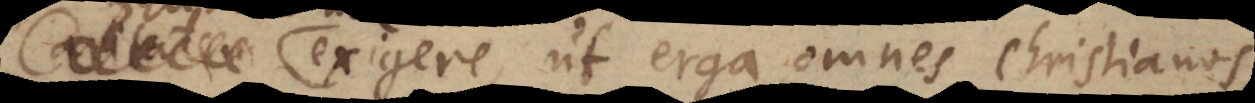
exigere, ut erga omnes Christianos